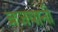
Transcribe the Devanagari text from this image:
ब्रजयानी